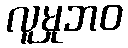
လူမှုဘဝ